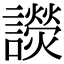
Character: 𧭓